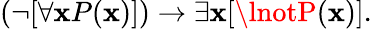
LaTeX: (\lnot[\forall\mathbf{x}P(\mathbf{x})])\to\exists\mathbf{x}[\lnotP(\mathbf{x})].